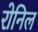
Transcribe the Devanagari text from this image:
रोनिल